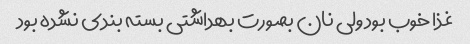
غذا خوب بود ولی نان بصورت بهداشتی بسته بندی نشده بود